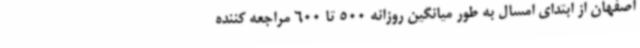
اصفهان از ابتدای امسال به طور میانگین روزانه 500 تا 600 مراجعه کننده